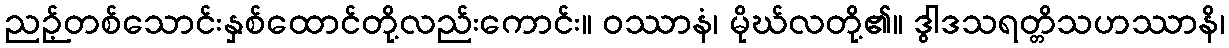
ညဉ့်တစ်သောင်းနှစ်ထောင်တို့လည်းကောင်း။ ဝဿာနံ၊ မိုဃ်လတို့၏။ ဒွါဒသရတ္တိသဟဿာနိ၊